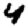
Digit: 4